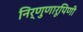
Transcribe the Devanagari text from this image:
निर्णुणारूपिणी